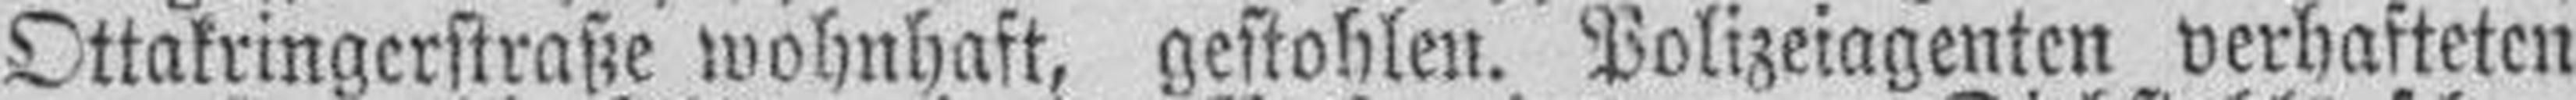
Ottakringerstraße wohnhaft, gestohlen. Polizeiagenten verhafteten